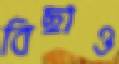
বিছাও